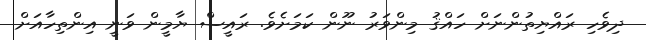
ދިވެހި ރައްޔިތުންނަށް ހައްޤު މިންވަރު ނޫން ކަމަށެވެ. ރައީސް ޔާމީން ވަނީ އިންތިހާއަށް